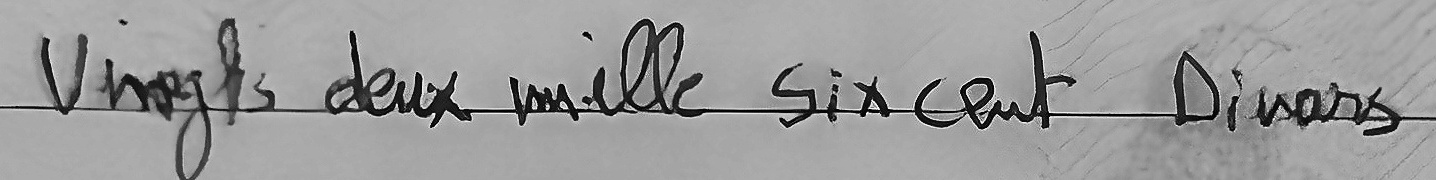
Vingts deux mille six cent Dinars